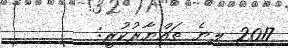
2017 ލިޔެ ތައްޔާރުކުރީ: